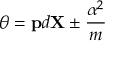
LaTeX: \theta = { \bf p } d { \bf X } \pm { \frac { \alpha ^ { 2 } } { m } }